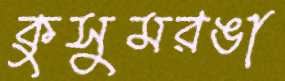
কুসুমরঙা